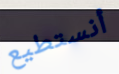
أنستطيع